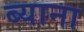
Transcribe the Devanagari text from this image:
ब्याना